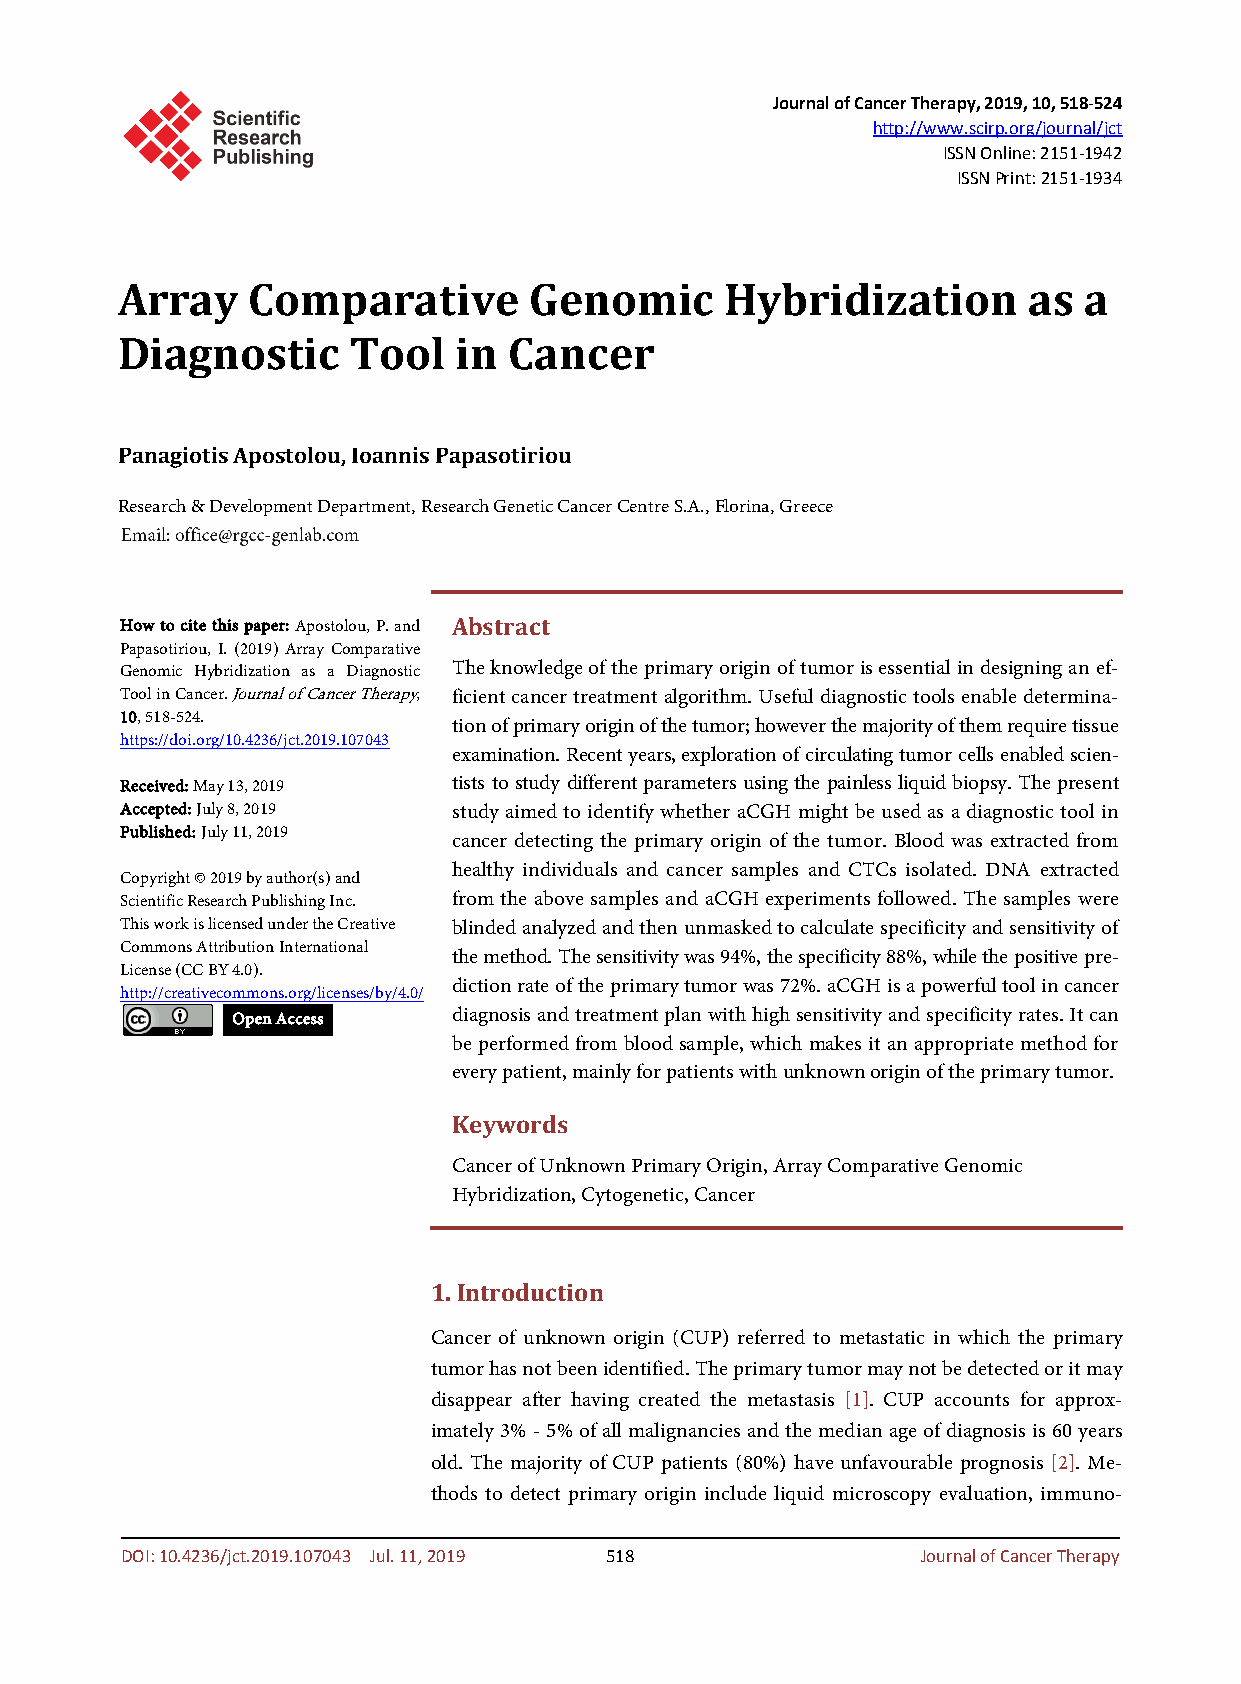
Journal of Cancer Therapy, 2019, 10, 518-524
 http://www.scirp.org/journal/jct
 ISSN Online: 2151-1942
 ISSN Print: 2151-1934
 Array   Comparative        Genomic      Hybridization       as  a
 Diagnostic     Tool   in  Cancer
 Panagiotis Apostolou, Ioannis Papasotiriou
 Research & Development Department, Research Genetic Cancer Centre S.A., Florina, Greece
 How to cite this paper: Apostolou, P. and Abstract
 Papasotiriou, I. (2019) Array Comparative
 Genomic Hybridization as a Diagnostic The knowledge of the primary origin of tumor is essential in designing an ef-
 Tool in Cancer. Journal of Cancer Therapy, ficient cancer treatment algorithm. Useful diagnostic tools enable determina-
 10, 518-524.
 tion of primary origin of the tumor; however the majority of them require tissue
 https://doi.org/10.4236/jct.2019.107043
 examination. Recent years, exploration of circulating tumor cells enabled scien-
 Received: May 13, 2019 tists to study different parameters using the painless liquid biopsy. The present
 Accepted: July 8, 2019 study aimed to identify whether aCGH might be used as a diagnostic tool in
 Published: July 11, 2019
 cancer detecting the primary origin of the tumor. Blood was extracted from
 healthy individuals and cancer samples and CTCs isolated. DNA extracted
 Copyright © 2019 by author(s) and
 Scientific Research Publishing Inc. from the above samples and aCGH experiments followed. The samples were
 This work is licensed under the Creative blinded analyzed and then unmasked to calculate specificity and sensitivity of
 Commons Attribution International
 the method. The sensitivity was 94%, the specificity 88%, while the positive pre-
 License (CC BY 4.0).
 http://creativecommons.org/licenses/by/4.0/
 diction rate of the primary tumor was 72%. aCGH is a powerful tool in cancer
 Open Access    diagnosis and treatment plan with high sensitivity and specificity rates. It can
 be performed from blood sample, which makes it an appropriate method for
 every patient, mainly for patients with unknown origin of the primary tumor.
 Keywords
 Cancer of Unknown Primary Origin, Array Comparative Genomic
 Hybridization, Cytogenetic, Cancer
 1. Introduction
 Cancer of unknown origin (CUP) referred to metastatic in which the primary
 tumor has not been identified. The primary tumor may not be detected or it may
 disappear after having created the metastasis [1]. CUP accounts for approx-
 imately 3% - 5% of all malignancies and the median age of diagnosis is 60 years
 old. The majority of CUP patients (80%) have unfavourable prognosis [2]. Me-
 thods to detect primary origin include liquid microscopy evaluation, immuno-
 DOI: 10.4236/jct.2019.107043 Jul. 11, 2019 518       Journal of Cancer Therapy